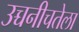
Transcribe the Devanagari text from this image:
उच्चनीचतेला